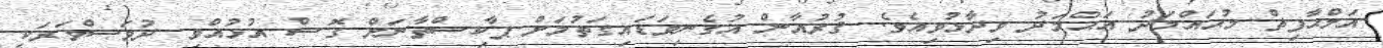
އަލްޙާފިޡް މުޙައްމަދު އަޙްމަދު ވިދާޅުވިއެވެ. ޤުރުއާން އުގެނިވަޑައިގަތުމަށް ޕާކިސްތާނަށް ގޮސް އުޅުއްވި ދުވަސްވަރަކީ